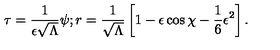
\tau = \frac { 1 } { \epsilon \sqrt { \Lambda } } \psi ; r = \frac { 1 } { \sqrt { \Lambda } } \left[ 1 - \epsilon \cos \chi - \frac { 1 } { 6 } \epsilon ^ { 2 } \right] .